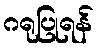
ဂရုပြုရန်